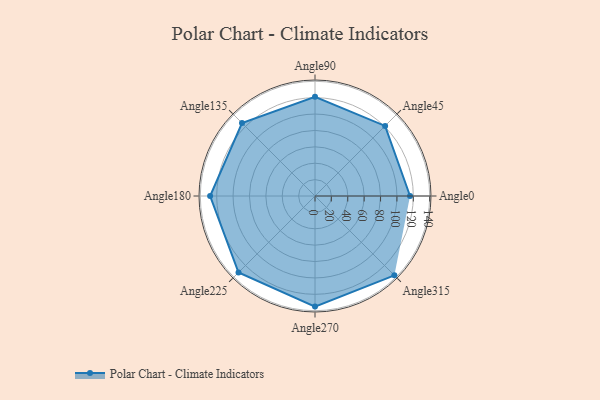
{"axis": {"x": "Angle", "y": "Radius"}, "legend": [""], "data": [{"x": "Angle0", "y": 116.0, "type": ""}, {"x": "Angle45", "y": 121.0, "type": ""}, {"x": "Angle90", "y": 121.0, "type": ""}, {"x": "Angle135", "y": 126.0, "type": ""}, {"x": "Angle180", "y": 128.0, "type": ""}, {"x": "Angle225", "y": 132.0, "type": ""}, {"x": "Angle270", "y": 135.0, "type": ""}, {"x": "Angle315", "y": 137.0, "type": ""}]}